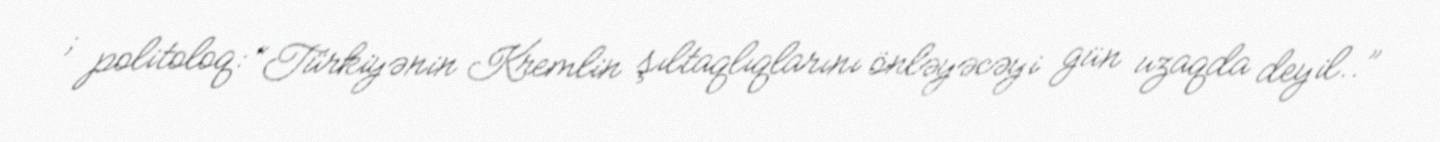
; politoloq: “Türkiyənin Kremlin şıltaqlıqlarını önləyəcəyi gün uzaqda deyil..”